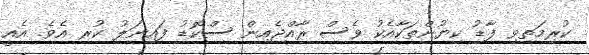
ކުރިމަތިވި ފާޑު ކިޔުންތަކާއެކު ވެސް ރާއްޖެއިން ސްކޮޑު ފައިނަލު ކުރި އެވެ. އެއީ